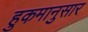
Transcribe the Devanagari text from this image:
हुकमानुसार